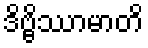
ဒိဗ္ဗိဿာမာတိ